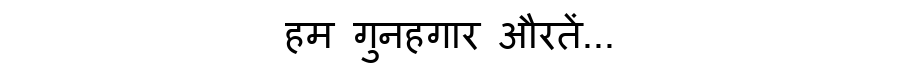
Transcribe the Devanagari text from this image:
हम गुनहगार औरतें...